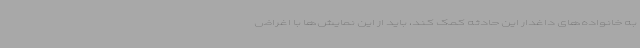
به خانواده‌های داغدار این حادثه کمک کند، باید از این نمایش‌ها با اغراض